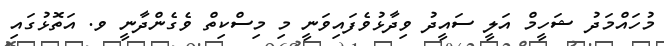
މުހައްމަދު ޝަހީމް އަލީ ސައީދު ވިދާޅުވެފައިވަނީ މި މިސްކިތް ވެގެންދާނީ ވ. އަތޮޅުގައި